Report on lock hospitals in British Burma
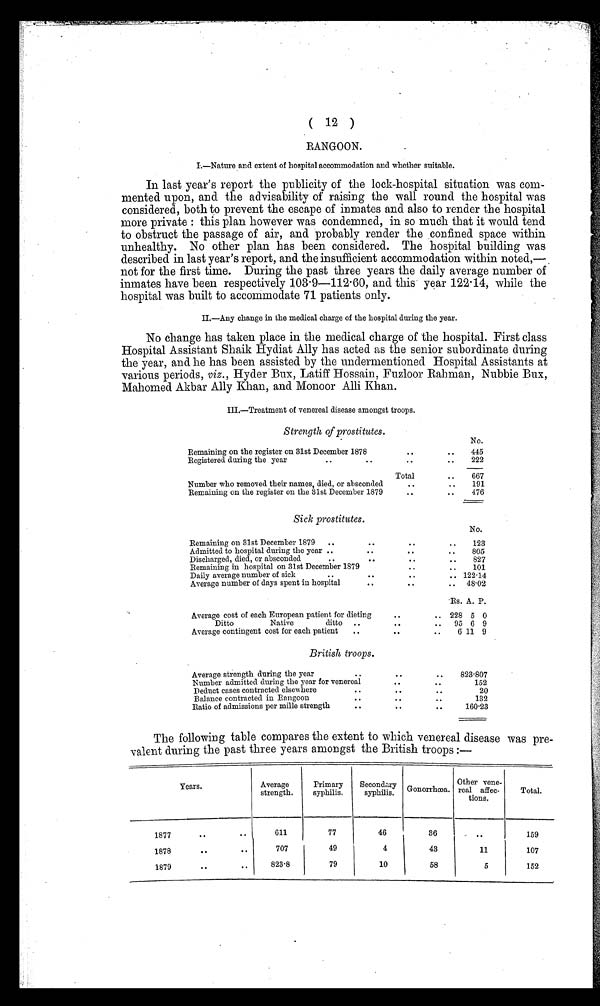
( 12 )
RANGOON.
I.—Nature and extent of hospital accommodation and whether suitable.
In last year's report the publicity of the lock-hospital situation was com-
mented upon, and the advisability of raising the wall round the hospital was
considered, both to prevent the escape of inmates and also to render the hospital
more private : this plan however was condemned, in so much that it would tend
to obstruct the passage of air, and probably render the confined space within
unhealthy. No other plan has been considered. The hospital building was
described in last year's report, and the insufficient accommodation within noted,—
not for the first time. During the past three years the daily average number of
inmates have been respectively 103·9-112·60, and this year 122·14, while the
hospital was built to accommodate 71. patients only.
II.—Any change in the medical charge of the hospital during the year.
No change has taken place in the medical charge of the hospital. First class
Hospital Assistant Shaik Hydiat Ally has acted as the senior subordinate during
the year, and he has been assisted by the undermentioned Hospital Assistants at
various periods, viz., Hyder Bux, Latiff Hossain, Fuzloor Rahman, Nubbie Bux,
Mahomed Akbar Ally Khan, and Monoor Alli Khan.
III.—Treatment of venereal disease amongst troops.
Strength of prostitutes.
Remaining on the register on 31st December 1878
..
..
No.
445
..
Registered during the year
..
..
..
222
Total..
6 6 7
Number who removed their names, died, or absconded
..
..
191
Remaining on the register on the 31st December 1879
..
..
476
Sick prostitutes.
Remaining on 31st December 1879
..
.. ..
..
No.
123
Admitted to hospital during the year ..
.. .
.
..
805
Discharged, died, or absconded
.. ..
..
827
Remaining in hospital on 31st December 1879
..
101
Daily average number of sick..
..
..
..
122.14
Average number of days spent in hospital
..
..
..
48.02
Average cost of each European patient for dieting
..
..
Rs.
228
A.
5
P.
0
Ditto
Native
ditto
..
..
..
95 6 9
Average contingent cost for each patient
..
.. ..
6. 11 9
British troops.
Average strength during the year ..
..
..
823 . 807
Number admitted during the year for venereal
..
..
152
Deduct cases contracted elsewhere
.. ..
20
Balance contracted in Rangoon
..
..
..
132
Ratio of admissions per mille strength
..
..
160.23
The following table compares the extent to which venereal disease was pre-
valent during the past three years amongst the British troops :—
Years .
Average
strength.
P r i m a r y
syphilis.
Secondery s y p h i l i s .
Gonorrhœa.
Other vene -
real affec-
tions.
Total.
1877
.. ..
611
77
46
36
. .
159
1878
..
..
707
49
4
43
11
107
1879
..
..
823.8
79
10
58
5
152